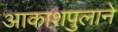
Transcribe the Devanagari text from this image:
आकाशपुलाने